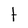
Character: t